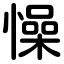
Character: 懆